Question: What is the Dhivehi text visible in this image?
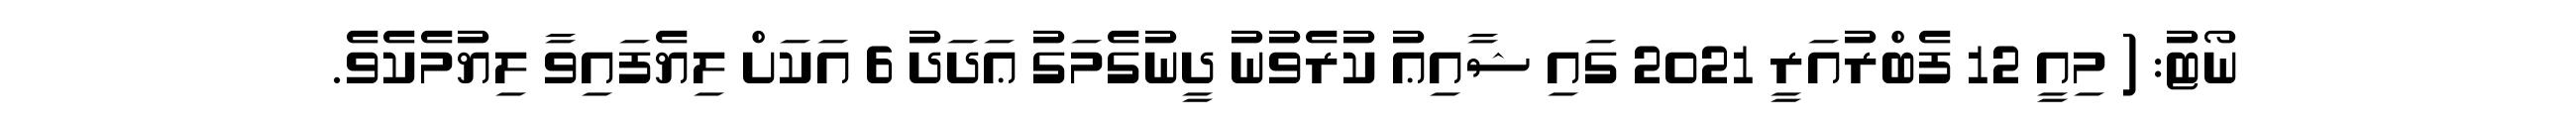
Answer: ނޯޓު: ( މިއީ 12 ފެބްރުއަރީ 2021 ގައި ޝާއިޢު ކުރެވުނު ދީނުގެމަގު ޢަދަދު 6 އަކަށް ލިޔެފައިވާ ލިޔުމެކެވެ.